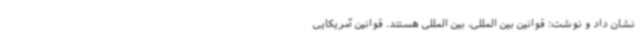
نشان داد و نوشت: قوانین بین المللی، بین المللی هستند. قوانین آمریکایی